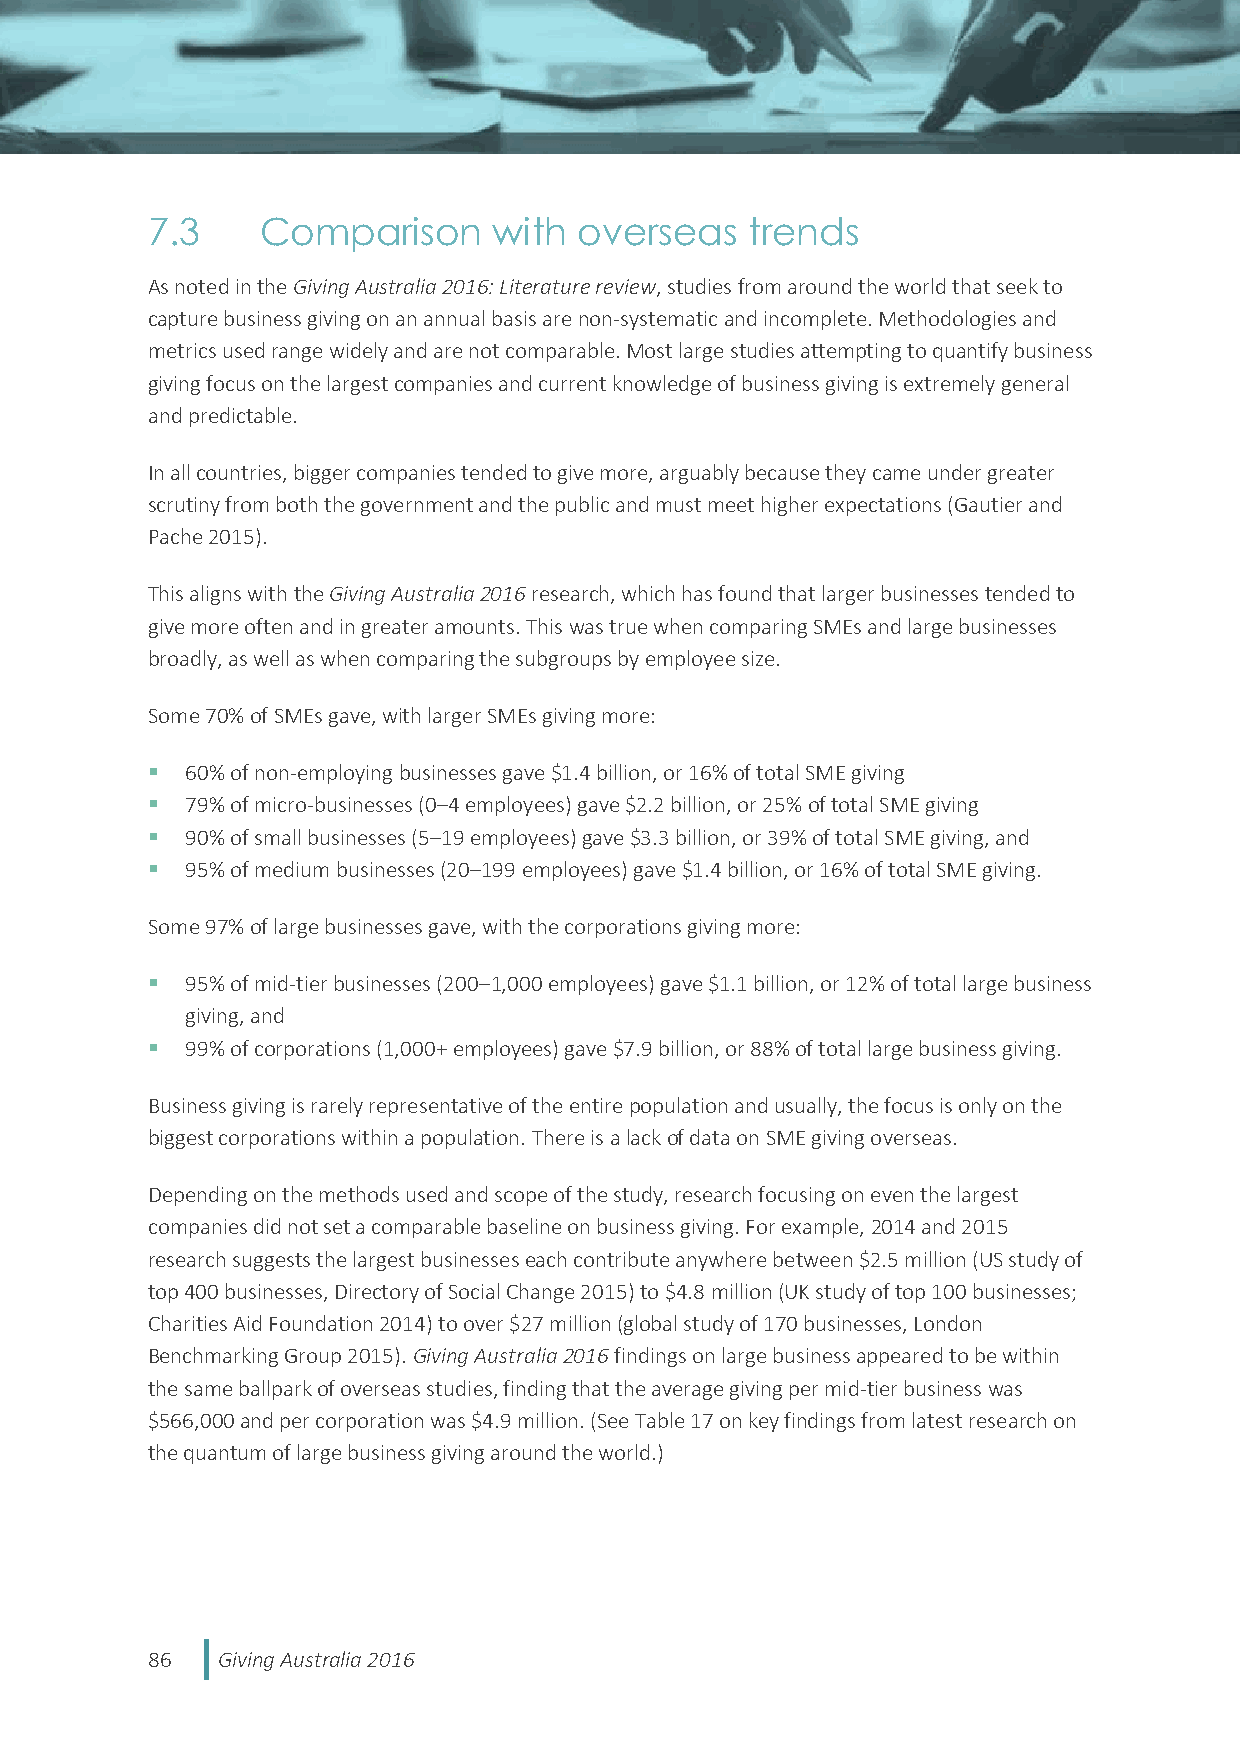
7.3    Comparison      with overseas   trends
 As noted in the Giving Australia 2016: Literature review, studies from around the world that seek to
 capture business giving on an annual basis are non-systematic and incomplete. Methodologies and
 metrics used range widely and are not comparable. Most large studies attempting to quantify business
 giving focus on the largest companies and current knowledge of business giving is extremely general
 and predictable.
 In all countries, bigger companies tended to give more, arguably because they came under greater
 scrutiny from both the government and the public and must meet higher expectations (Gautier and
 Pache 2015).
 This aligns with the Giving Australia 2016 research, which has found that larger businesses tended to
 give more often and in greater amounts. This was true when comparing SMEs and large businesses
 broadly, as well as when comparing the subgroups by employee size.
 Some 70% of SMEs gave, with larger SMEs giving more:
  60% of non-employing businesses gave $1.4 billion, or 16% of total SME giving
  79% of micro-businesses (0–4 employees) gave $2.2 billion, or 25% of total SME giving
  90% of small businesses (5–19 employees) gave $3.3 billion, or 39% of total SME giving, and
  95% of medium businesses (20–199 employees) gave $1.4 billion, or 16% of total SME giving.
 Some 97% of large businesses gave, with the corporations giving more:
  95% of mid-tier businesses (200–1,000 employees) gave $1.1 billion, or 12% of total large business
 giving, and
  99% of corporations (1,000+ employees) gave $7.9 billion, or 88% of total large business giving.
 Business giving is rarely representative of the entire population and usually, the focus is only on the
 biggest corporations within a population. There is a lack of data on SME giving overseas.
 Depending on the methods used and scope of the study, research focusing on even the largest
 companies did not set a comparable baseline on business giving. For example, 2014 and 2015
 research suggests the largest businesses each contribute anywhere between $2.5 million (US study of
 top 400 businesses, Directory of Social Change 2015) to $4.8 million (UK study of top 100 businesses;
 Charities Aid Foundation 2014) to over $27 million (global study of 170 businesses, London
 Benchmarking Group 2015). Giving Australia 2016 findings on large business appeared to be within
 the same ballpark of overseas studies, finding that the average giving per mid-tier business was
 $566,000 and per corporation was $4.9 million. (See Table 17 on key findings from latest research on
 the quantum of large business giving around the world.)
 86  Giving Australia 2016